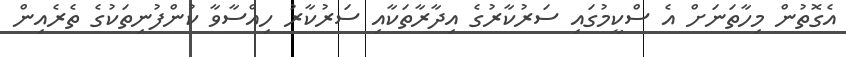
އެގޮތުން މިހާތަނަށް އެ ސްކީމުގައި ސަރުކާރުގެ އިދާރާތަކާއި ސަރުކާރު ހިއްސާވާ ކުންފުނިތަކުގެ ތެރެއިން